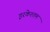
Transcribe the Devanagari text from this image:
इरकेश्तम